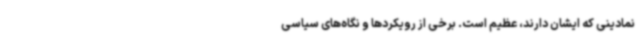
نمادینی که ایشان دارند، عظیم است. برخی از رویکردها و نگاه‌های سیاسی